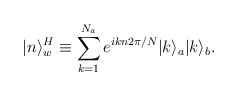
\begin{align*}|n\rangle^H_w \equiv \sum_{k=1}^{N_a} e^{ikn2\pi/N}|k\rangle_a|k\rangle_b.\end{align*}